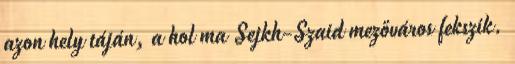
azon hely táján, a hol ma Sejkh-Szaid mezőváros fekszik.